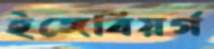
ইঙ্গেবিয়র্গ